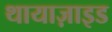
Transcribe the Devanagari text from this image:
थायाज़ाइड